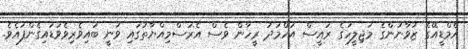
އެމްޑީއޭގެ ޒުވާނުންގެ މަޖިލީހުގެ ރައީސް އަހްމަދު ރީހާން ވެސް އެރަސްމިއްޔާތުގައި ވަނީ ބައިވެރިވެވަޑައިގެންފައެވެ.